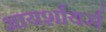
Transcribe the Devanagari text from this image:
आयर्शायर्स